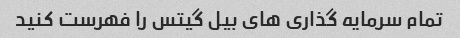
تمام سرمایه گذاری های بیل گیتس را فهرست کنید